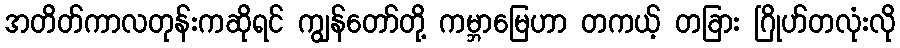
အတိတ်ကာလတုန်းကဆိုရင် ကျွန်တော်တို့ ကမ္ဘာမြေဟာ တကယ့် တခြား ဂြိုဟ်တလုံးလို